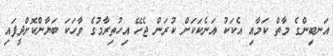
އަނބިންގެ މާތް ކަމާއި އެކަކު އަނެކަކަށް ކުރަން ޖެހޭ އިހުތިރާމުގެ ވާހަކަ ބަޔާންކޮށްދީފައި